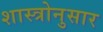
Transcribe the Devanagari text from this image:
शास्त्रोनुसार